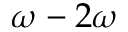
\omega - 2 \omega